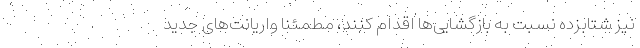
نیز شتابزده نسبت به بازگشایی‌ها اقدام کنند، مطمئنا واریانت‌های جدید